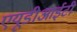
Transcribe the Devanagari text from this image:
एयूडीआईटी